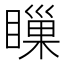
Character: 𥊌